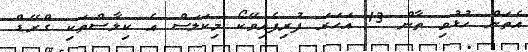
އެތަން ހުޅުވި ތާން 13 އަހަރަ ފުރިފެއިވޭކޯ މިކަލަސް އެ ކިލާސްތަކި ގްރޭޑް